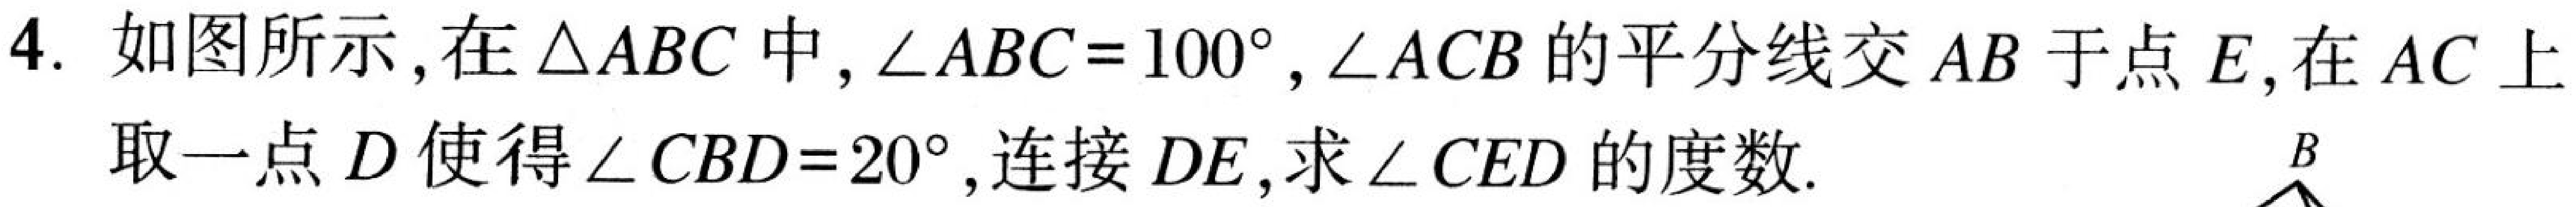
4. 如图所示,在\(\triangle ABC\)中, \(\angle ABC = 100^{\circ}\), \(\angle ACB\)的平分线交\(AB\)于点\(E\),在\(AC\)上
取一点\(D\)使得\(\angle CBD = 20^{\circ}\),连接\(DE\),求\(\angle CED\)的度数.